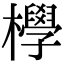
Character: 㰒